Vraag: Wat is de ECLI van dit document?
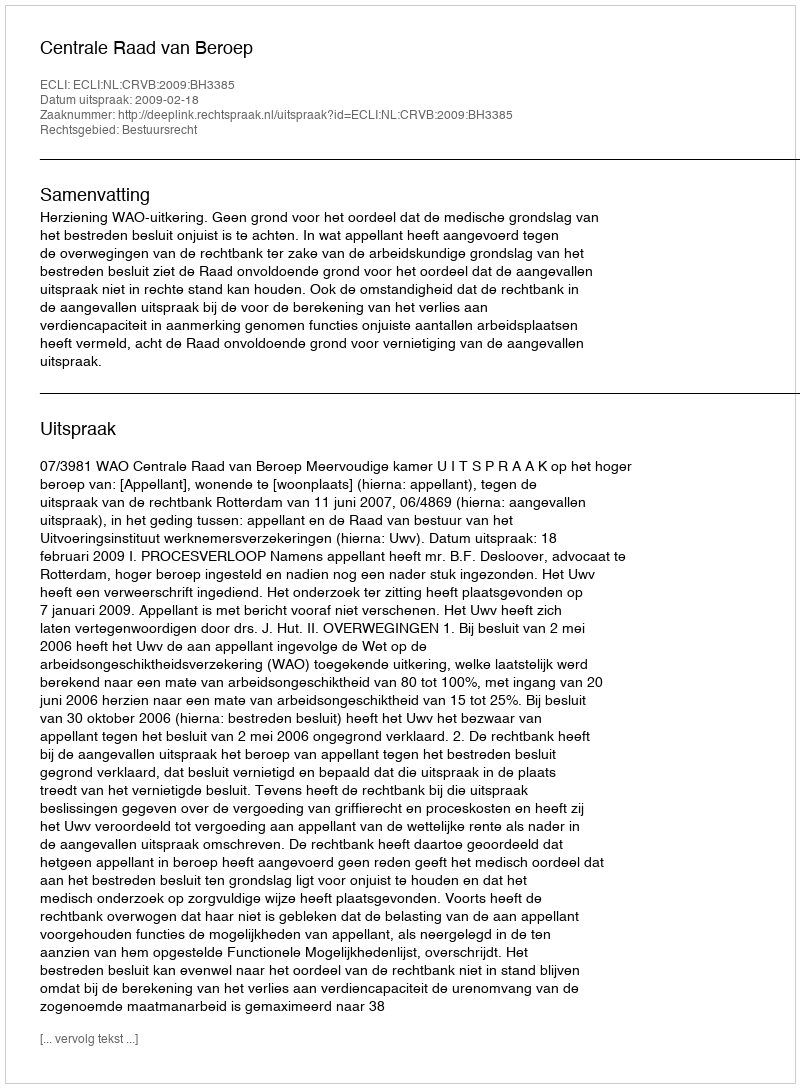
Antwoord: ECLI:NL:CRVB:2009:BH3385